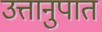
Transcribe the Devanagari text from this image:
उत्तानुपात